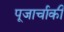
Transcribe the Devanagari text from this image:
पूजार्चाकी